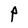
Character: P